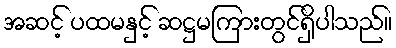
အဆင့် ပထမနှင့် ဆဋ္ဌမကြားတွင်ရှိပါသည်။